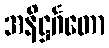
အနိဋ္ဌင်္ဂတော